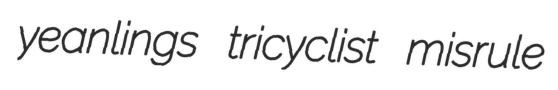
yeanlings tricyclist misrule